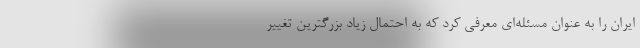
ایران را به عنوان مسئله‌ای معرفی کرد که به احتمال زیاد بزرگترین تغییر